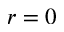
r = 0